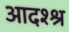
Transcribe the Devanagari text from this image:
आदश्श्र